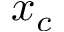
x _ { c }